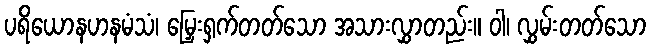
ပရိယောနဟနမံသံ၊ မြှေးရှက်တတ်သော အသားလွှာတည်း။ ဝါ၊ လွှမ်းတတ်သော